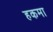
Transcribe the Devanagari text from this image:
हकमा